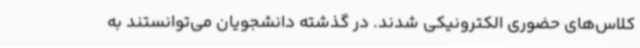
کلاس‌های حضوری الکترونیکی شدند. در گذشته دانشجویان می‌توانستند به